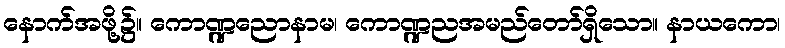
နောက်အဖို့၌။ ကောဏ္ဍညောနာမ၊ ကောဏ္ဍညအမည်တော်ရှိသော။ နာယကော၊